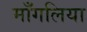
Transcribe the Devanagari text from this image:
माँगलिया